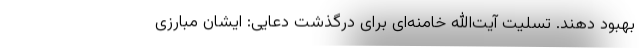
بهبود دهند. تسلیت آیت‌الله خامنه‌ای برای درگذشت دعایی: ایشان مبارزی